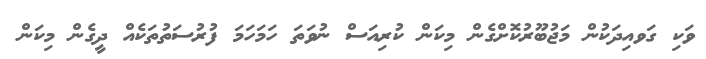
ވަކި ގަވއިދަކުން މަޖުބޫރުކޮށްގެން މިކަން ކުރިއަސް ނުވަތަ ހަމަހަމަ ފުރުސަތުތަކެއް ދީގެން މިކަން